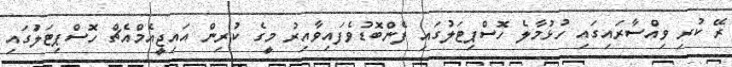
ރޭ ކުރި ވިއްސާރައިގައި ހުޅުމާލެ ހޮސްޕިޓަލުގައި ފެންބޮޑުވެފައިވާއިރު މީގެ ކުރިން އައިޖީއެމްއެޗް ހޮސްޕިޓަލަުގައި